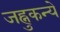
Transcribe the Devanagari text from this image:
जह्नुकन्ये